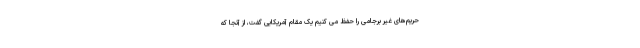
حریم‌های غیر برجامی را حفظ می کنیم یک مقام آمریکایی گفت، از آنجا که